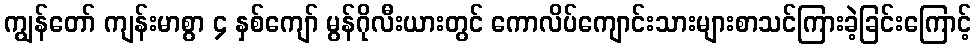
ကျွန်တော် ကျန်းမာစွာ ၄ နှစ်ကျော် မွန်ဂိုလီးယားတွင် ကောလိပ်ကျောင်းသားများစာသင်ကြားခဲ့ခြင်းကြောင့်